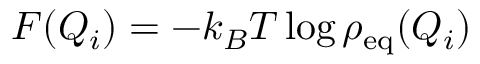
F ( Q _ { i } ) = - k _ { B } T \log \rho _ { \mathrm { e q } } ( Q _ { i } )